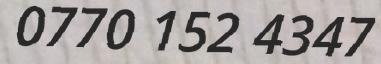
0770 152 4347